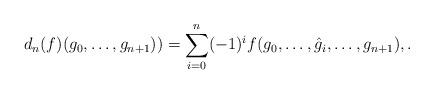
LaTeX: \begin{align*}d_n(f)(g_0, \dots, g_{n+1})) = \sum_{i=0}^n (-1)^i f(g_0, \dots, \hat g_i, \dots, g_{n+1}), .\end{align*}